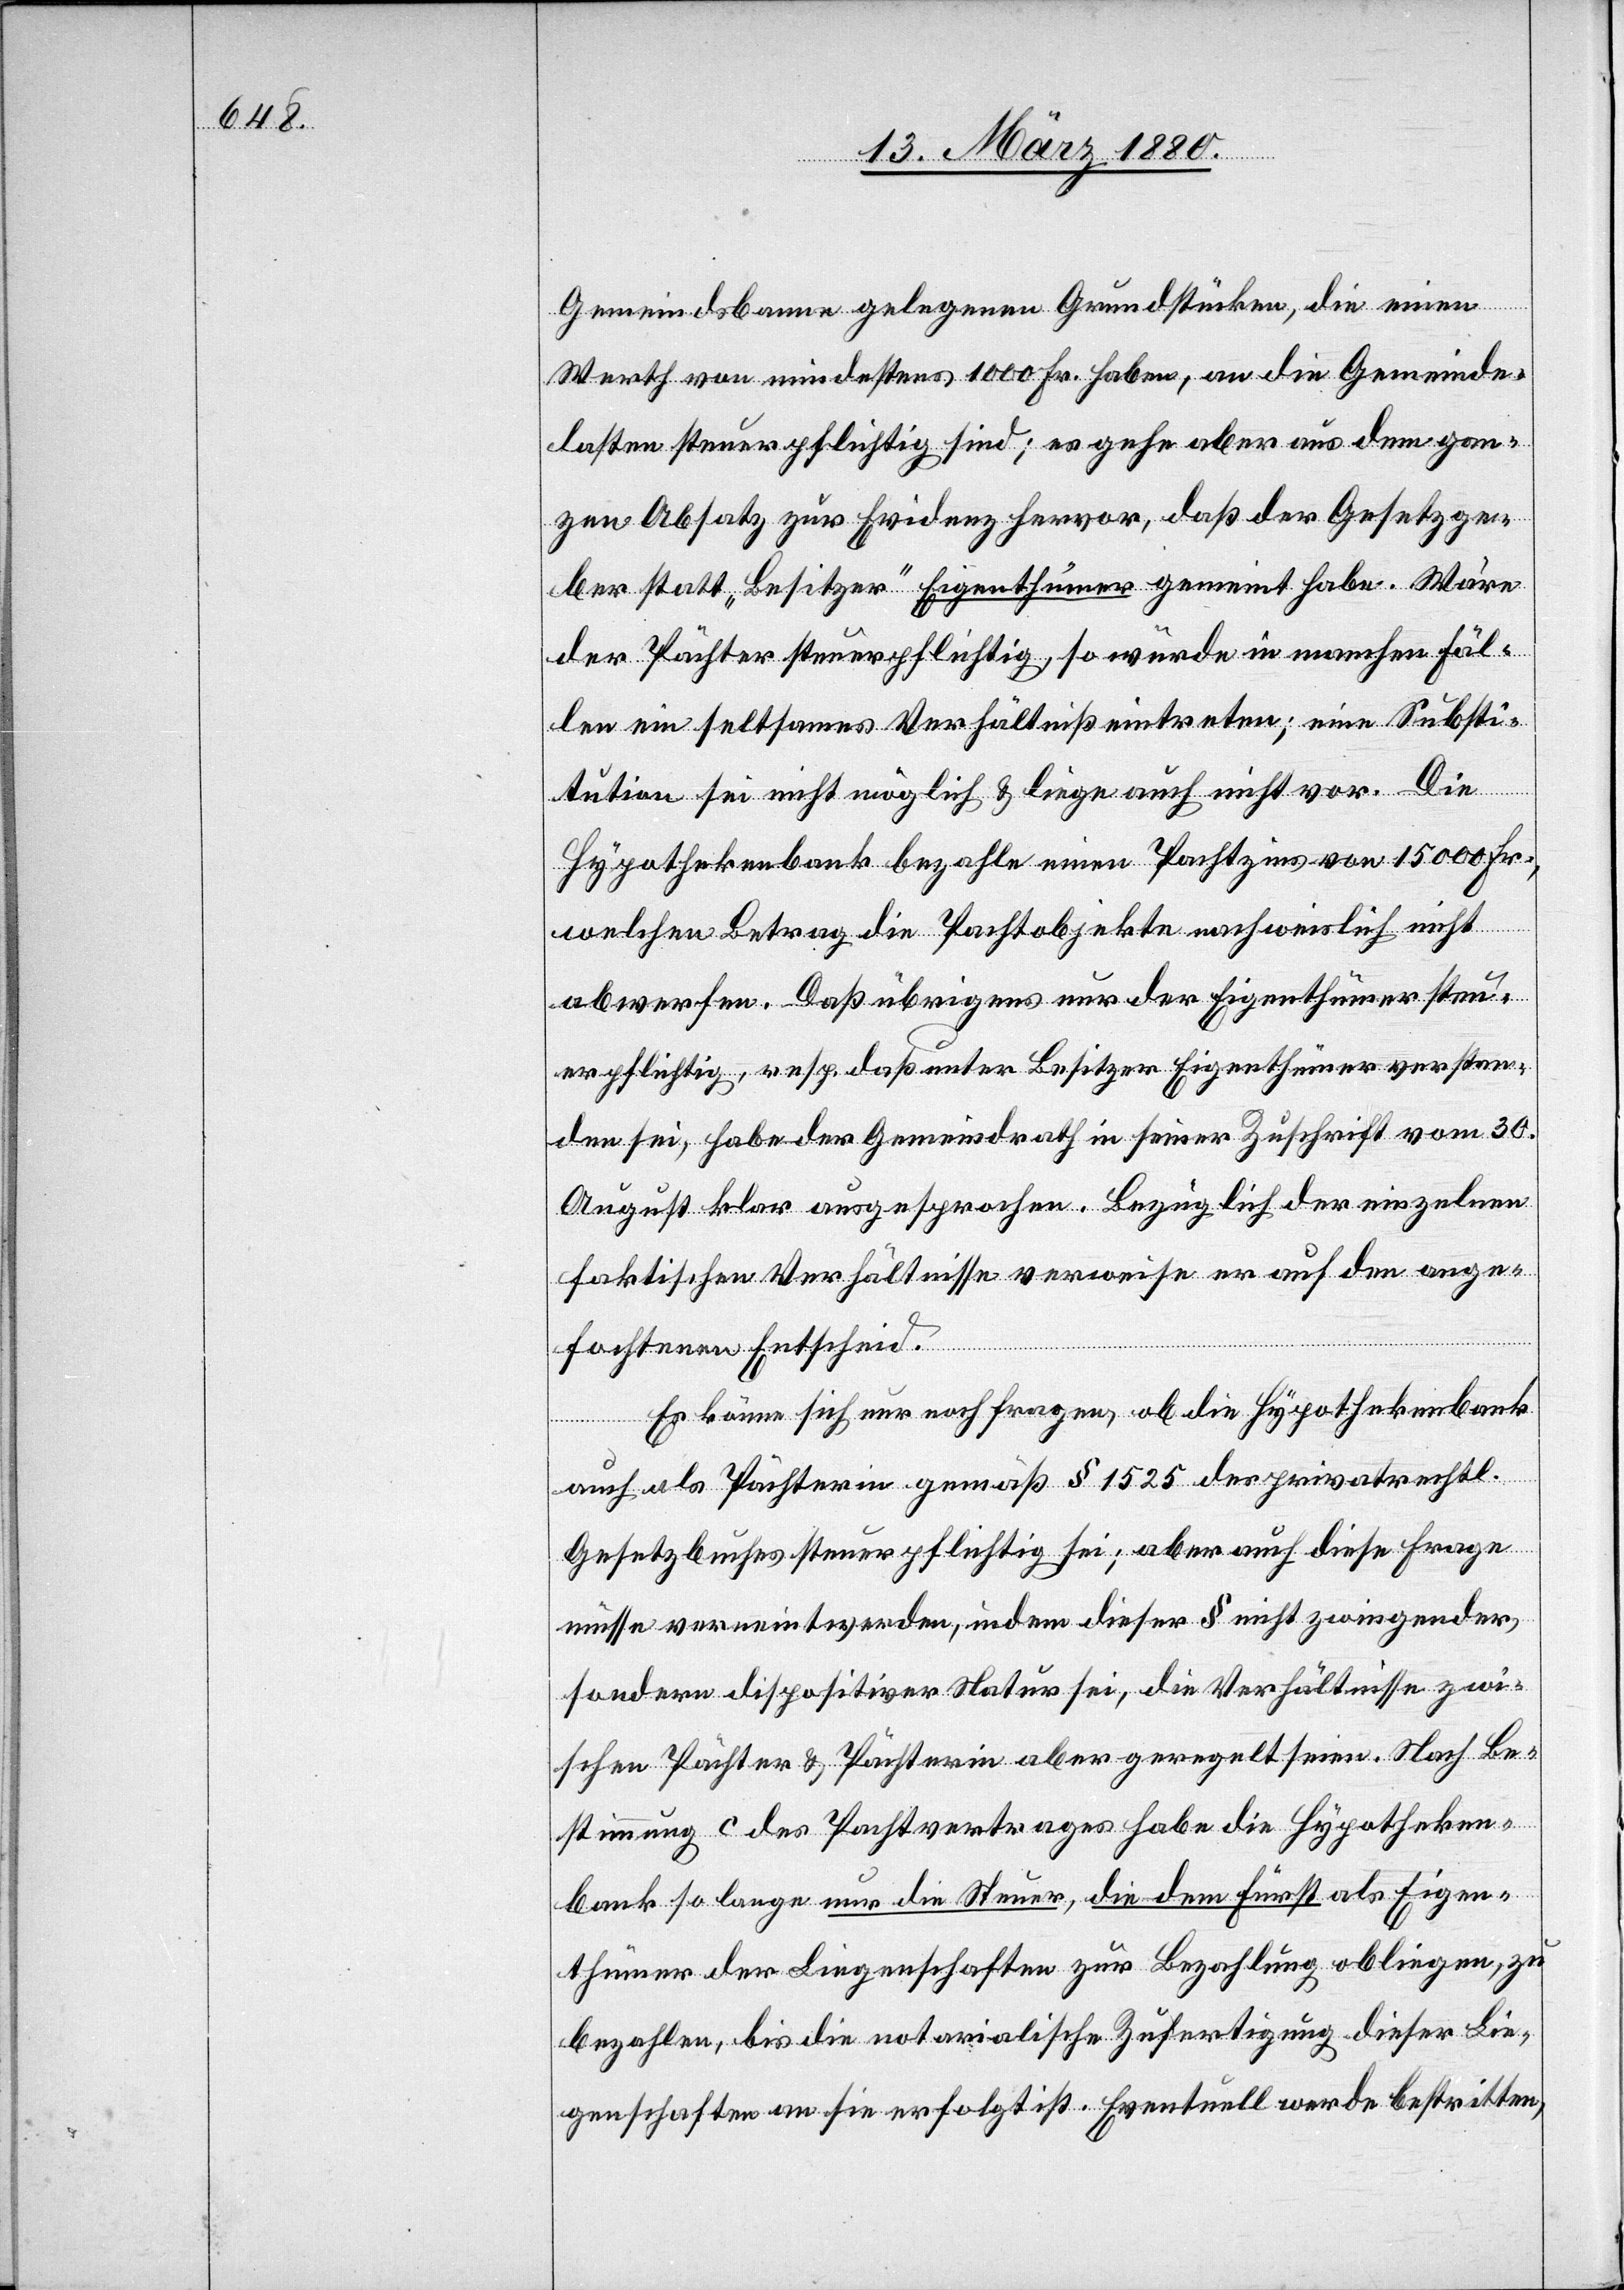
Gemeindsbanne gelegenen Grundstücken, die einen
Werth von mindestens 1000 Fr. haben, an die Gemeinde¬
lasten steuerpflichtig sind; es gehe aber aus dem gan¬
zen Absatz zur Evidenz hervor, daß der Gesetzge¬
ber statt „Besitzer“ Eigenthümer gemeint habe. Wäre
der Pächter steuerpflichtig, so würde in manchen Fäl¬
len ein seltsames Verhältniß eintreten; eine Substi¬
tution sei nicht möglich & liege auch nicht vor. Die
Hypothekenbank bezahle einen Pachtzins von 15 000 Fr.,
welchen Betrag die Pachtobjekte nachweislich nicht
abwerfen. Daß übrigens nur der Eigenthümer steu¬
erpflichtig, resp. daß unter Besitzer Eigenthümer verstan¬
den sei, habe der Gemeindrath in seiner Zuschrift vom 30.
August klar ausgesprochen. Bezüglich der einzelnen
faktischen Verhältnisse verweise er auf den ange¬
fochtenen Entscheid.
Es könne sich nur noch fragen, ob die Hypothekenbank
auch als Pächterin gemäß § 1525 des privatrechtl.
Gesetzbuches steuerpflichtig sei; aber auch diese Frage
müsse verneint werden, indem dieser § nicht zwingender,
sondern dispositiver Natur sei, die Verhältnisse zwi¬
schen Pächter & Pächterin aber geregelt seien. Nach Be¬
stimmung c des Pachtvertrages habe die Hypotheken¬
bank so lange nur die Steuer, die dem Fürst als Eigen¬
thümer der Liegenschaften zur Bezahlung obliegen, zu
bezahlen., bis die notarialische Zufertigung dieser Lie¬
genschaften an sie erfolgt ist. Eventuell werde bestritten,